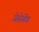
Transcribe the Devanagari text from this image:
प्रेसेसेंड